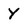
Character: Y